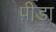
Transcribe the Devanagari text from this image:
प़ीडा